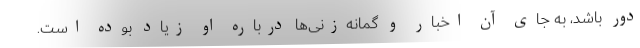
دور باشد، به جای آن اخبار و گمانه‌زنی‌ها درباره او زیاد بوده است.